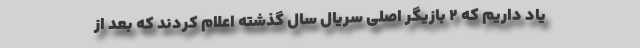
یاد داریم که 2 بازیگر اصلی سریال سال گذشته اعلام کردند که بعد از